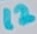
Text: 12